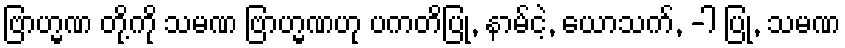
ဗြာဟ္မဏ တို့ကို သမဏ ဗြာဟ္မဏဟု ပကတိပြု, နာမ်ငဲ့, ယောသက်, -ါ ပြု, သမဏ